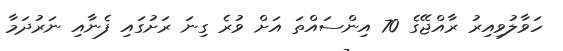
ހަވާލުވިއިރު ރާއްޖޭގެ 70 އިންސައްތަ އަށް ވުރެ ގިނަ ރަށުގައި ފެނާއި ނަރުދަމާ